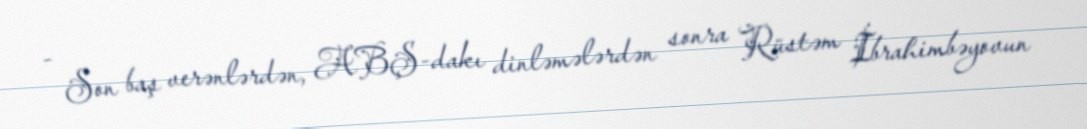
- Son baş verənlərdən, ABŞ-dakı dinləmələrdən sonra Rüstəm İbrahimbəyovun